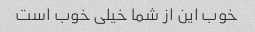
خوب این از شما خیلی خوب است